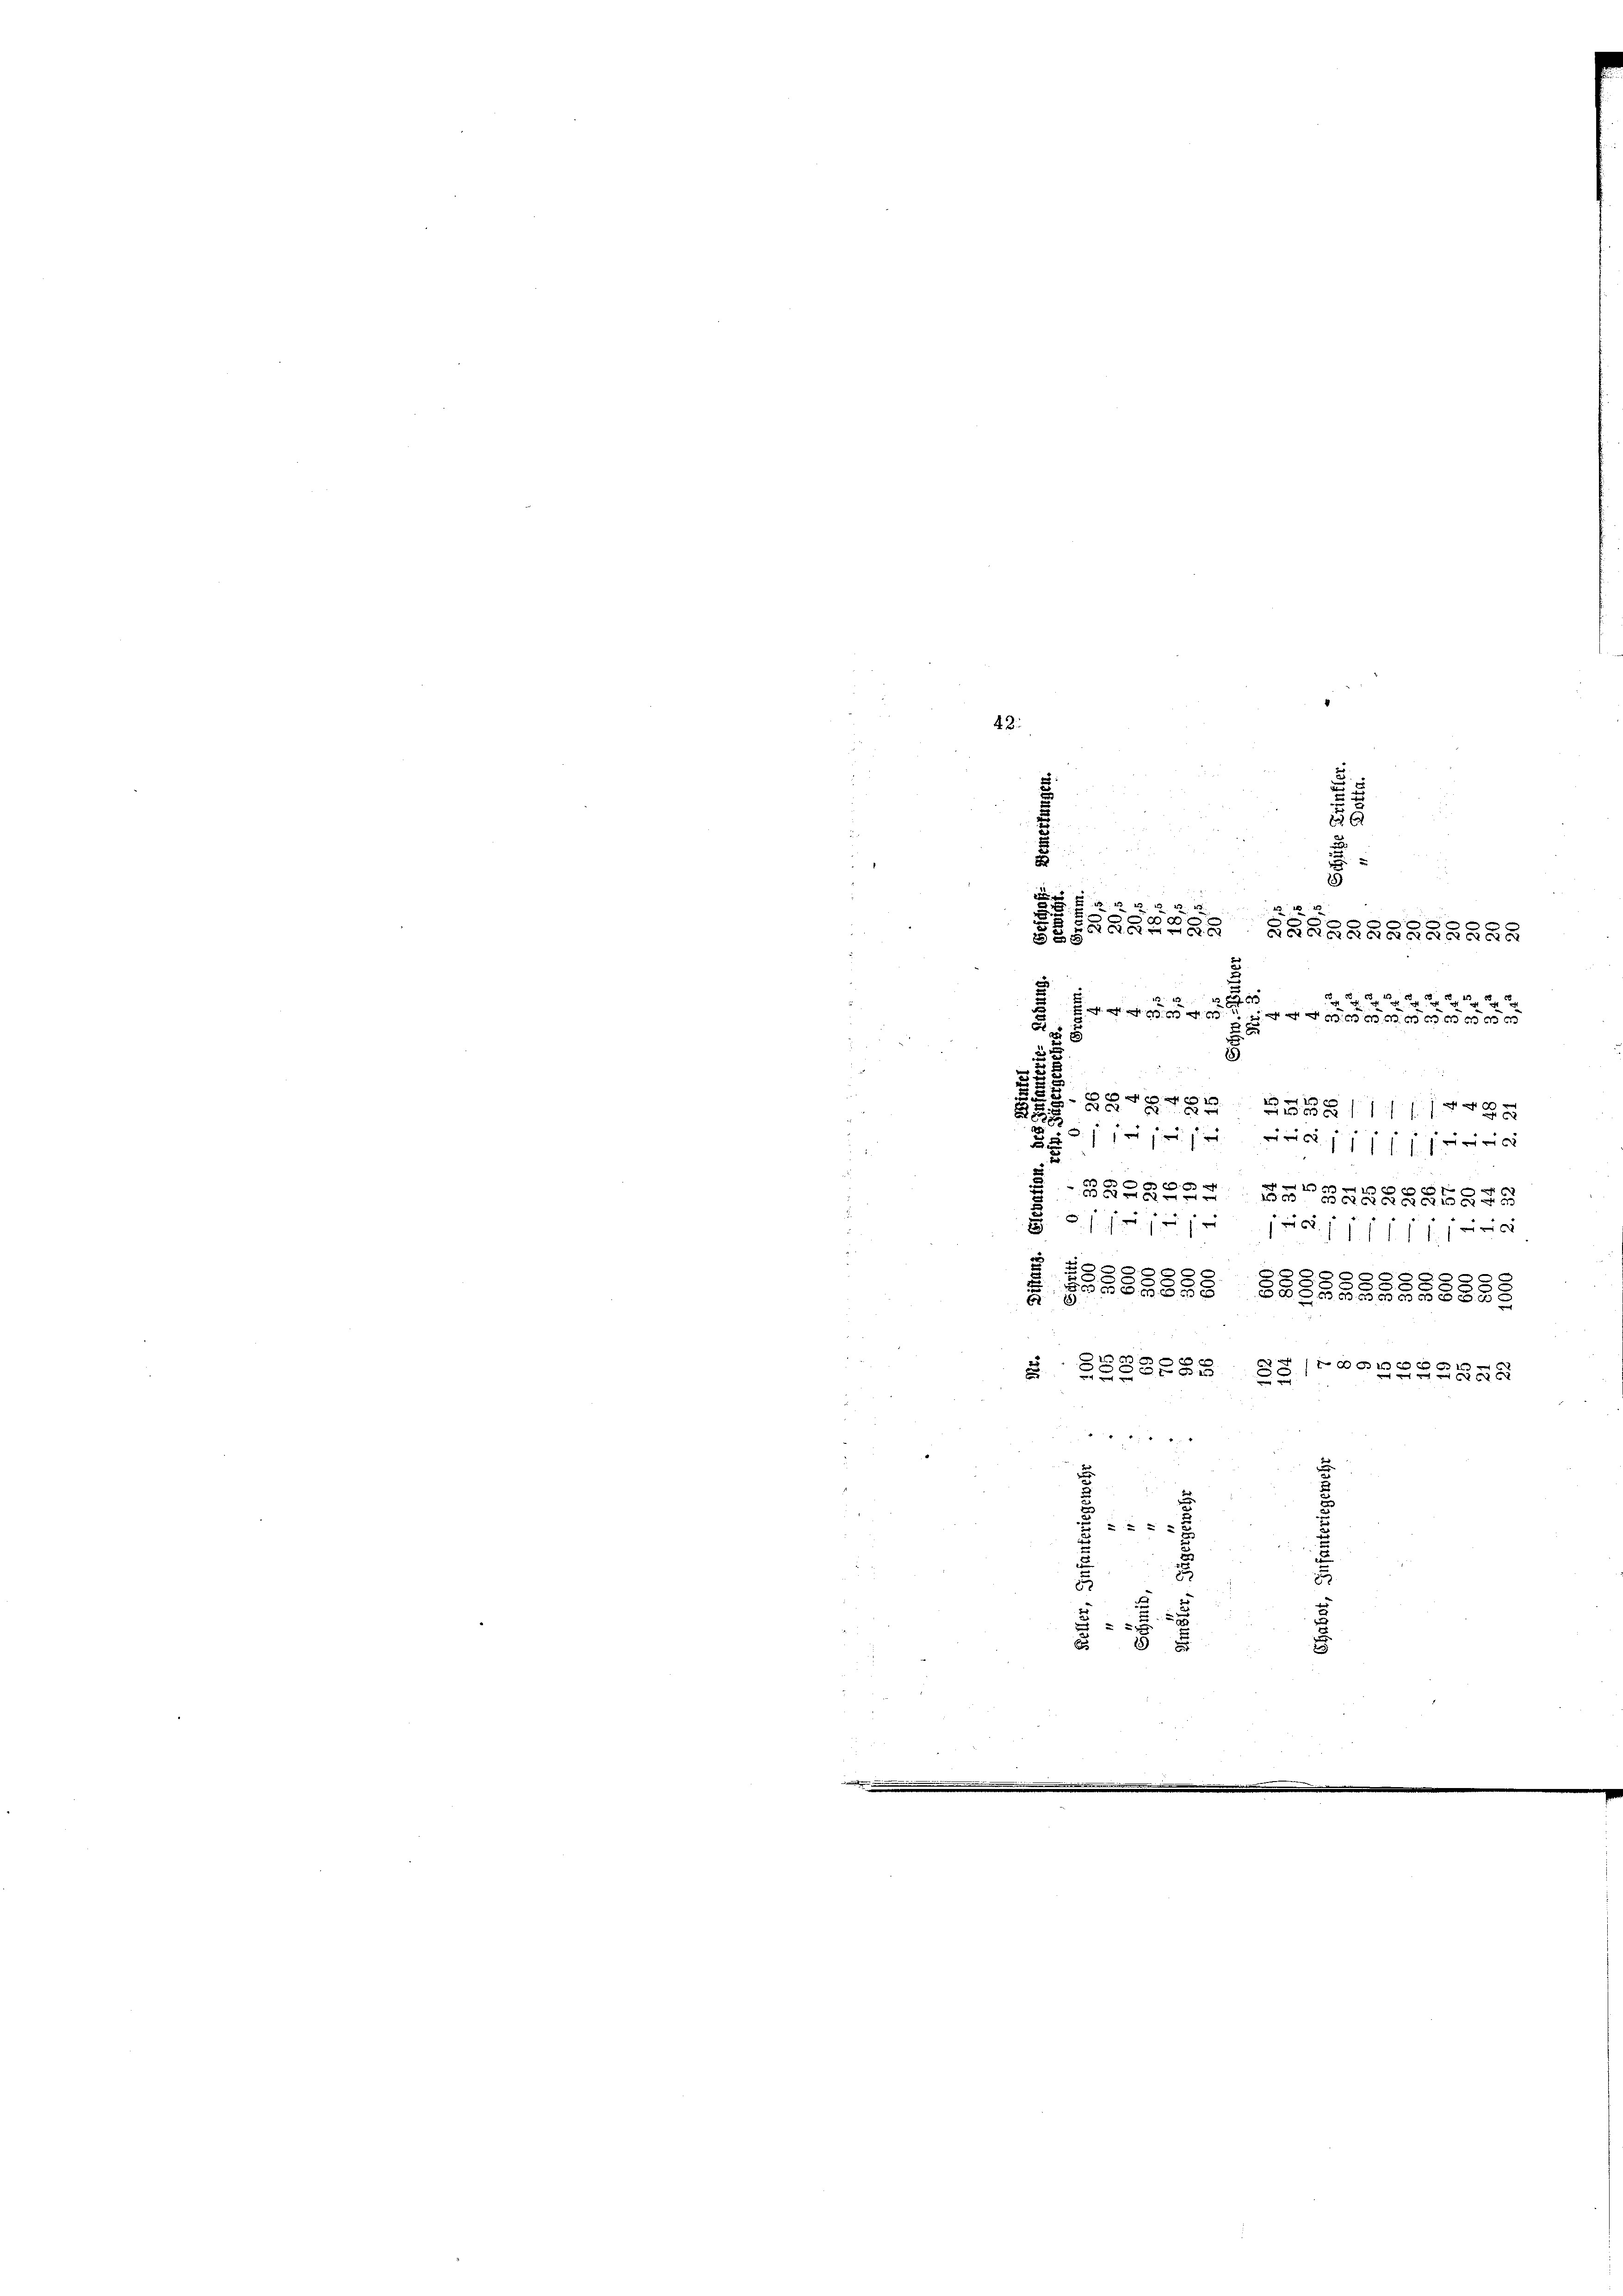
48.

2
2
5
u
2558/11117499
 jeher die 11111.
2.
x
2
u
.

235
x
f
3
6
ada
 x
 68. 111 11 f 1 xx
00
d

588

e

1
88585
u
.
s
p
.
e
.
d
e
.
55525
u

2

2
2.
5
2

 x
2
2

e

4
2
e
 2 x 2 2
1

GRBGRAGABGRAGBRBANKK
x

.
s
aft nicht es e g a

2
x

588

u
u
.